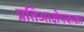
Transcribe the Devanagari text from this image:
प्रतिआक्षेपकका